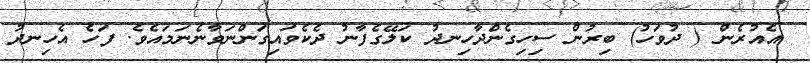
އެއުރެން ( ދުވަހު) ބިރުން ސިހިގެންދާހިނދު ކަލޭގެފާނު ދެކެވައިގަންނަވާނެނަމައެވެ. ފަހެ އެހިނދު